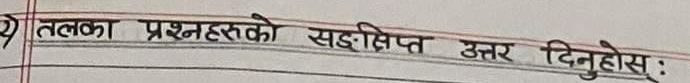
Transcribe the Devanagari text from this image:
तलका प्रश्नहरूको सङ्क्षिप्त उत्तर दिनुहोस् :